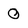
Character: 0